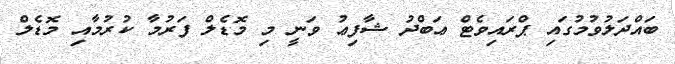
ބައްދަލުވުމުގައި ޕްރައިވެޓް ޢަބްދު ޝާފިޢު ވަނީ މި މޮޑެލް ފަރުމާ ކުރުމާއި މޮޑެލް